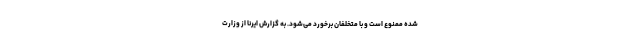
شده ممنوع است و با متخلفان برخورد می‌شود. به گزارش ایرنا از وزارت